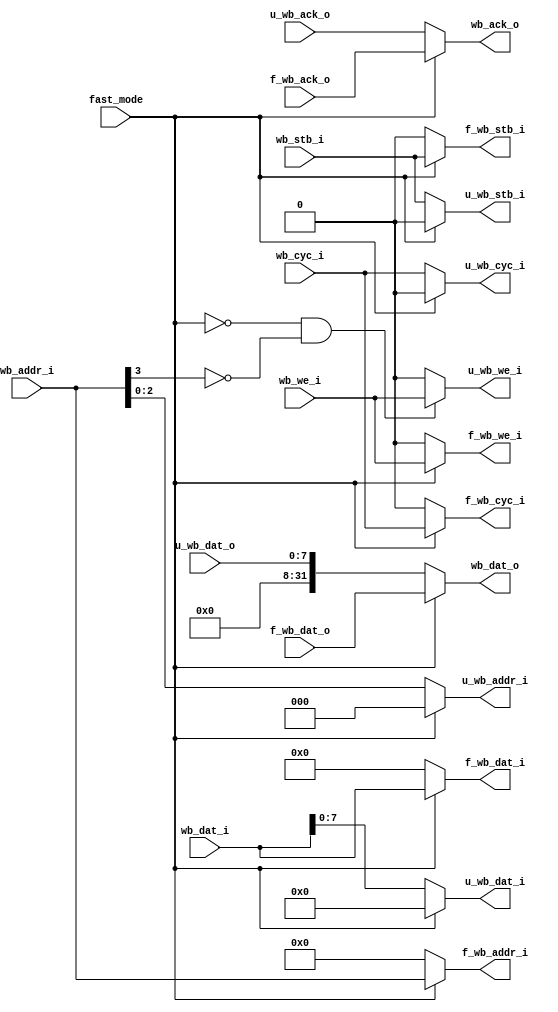
module irda_wb_router (
	// Inputs to the core
	fast_mode, wb_stb_i, wb_cyc_i,  wb_we_i, wb_dat_i, wb_addr_i,
	// outputs to fast mode
	f_wb_stb_i, f_wb_cyc_i,  f_wb_we_i, f_wb_dat_i, f_wb_addr_i,
	// outputs to uart
	u_wb_stb_i, u_wb_cyc_i,  u_wb_we_i, u_wb_dat_i, u_wb_addr_i,

	// outputs from fast mode
	f_wb_ack_o, f_wb_dat_o,
	// outputs from uart
	u_wb_ack_o, u_wb_dat_o,
	// outputs to wishbone
	wb_ack_o, wb_dat_o
	);

	// Inputs to the core
input				fast_mode;
input				wb_stb_i;
input				wb_cyc_i;
input				wb_we_i;
input [31:0]	wb_dat_i;
input [3:0]		wb_addr_i;

	// outputs to fast mode
output			f_wb_stb_i;
output			f_wb_cyc_i;
output			f_wb_we_i;
output [31:0]	f_wb_dat_i;
output [3:0]	f_wb_addr_i;

	// outputs to uart
output			u_wb_stb_i;
output			u_wb_cyc_i;
output			u_wb_we_i;
output [7:0]	u_wb_dat_i;
output [2:0]	u_wb_addr_i;

	// outputs from fast mode
input				f_wb_ack_o;
input [31:0]	f_wb_dat_o;

	// outputs from uart
input				u_wb_ack_o;
input [7:0]		u_wb_dat_o;

	// outputs to wishbone
output			wb_ack_o;
output [31:0]	wb_dat_o;

//
// the mux assignments
//

	// outputs to fast mode
assign f_wb_stb_i 	= fast_mode ? wb_stb_i : 0;
assign f_wb_cyc_i 	= fast_mode ? wb_cyc_i : 0;
assign f_wb_we_i 		=  fast_mode ? wb_we_i  : 0;
assign f_wb_dat_i 	= fast_mode ? wb_dat_i : 32'b0;
assign f_wb_addr_i 	= fast_mode ? wb_addr_i : 4'b0;

	// outputs to uart
// the check for zeros is when we write into MASTER register
assign u_wb_stb_i 	= (~fast_mode) ? wb_stb_i : 0;
assign u_wb_cyc_i 	= (~fast_mode) ? wb_cyc_i : 0;
assign u_wb_we_i 		= (~fast_mode && wb_addr_i[3]==0) ? wb_we_i  : 0;
assign u_wb_dat_i 	= (~fast_mode) ? wb_dat_i : 8'b0;
assign u_wb_addr_i 	= (~fast_mode) ? wb_addr_i : 3'b0;

	// outputs to wishbone
assign wb_ack_o 		= fast_mode ? f_wb_ack_o : u_wb_ack_o;
assign wb_dat_o 		= fast_mode ? f_wb_dat_o : {24'b0, u_wb_dat_o};

endmodule